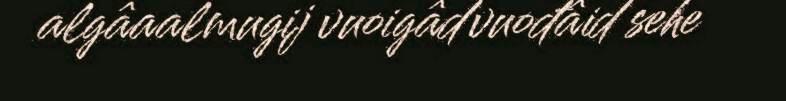
algâaalmugij vuoigâdvuođâid sehe